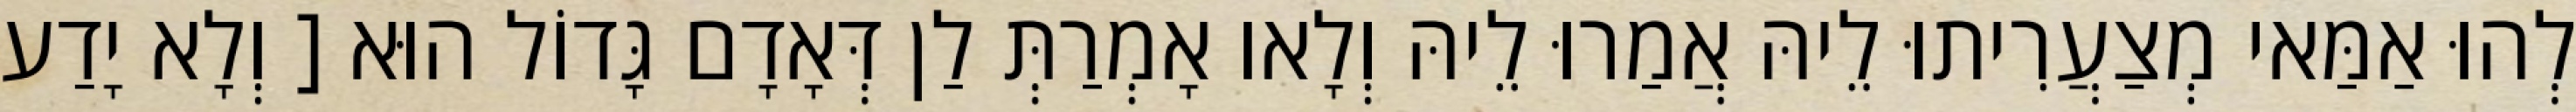
לְהוּ אַמַּאי מְצַעֲרִיתוּ לֵיהּ אֲמַרוּ לֵיהּ וְלָאו אָמְרַתְּ לַן דְּאָדָם גָּדוֹל הוּא [ וְלָא יָדַע